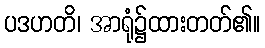
ပဒဟတိ၊ အာရုံ၌ထားတတ်၏။